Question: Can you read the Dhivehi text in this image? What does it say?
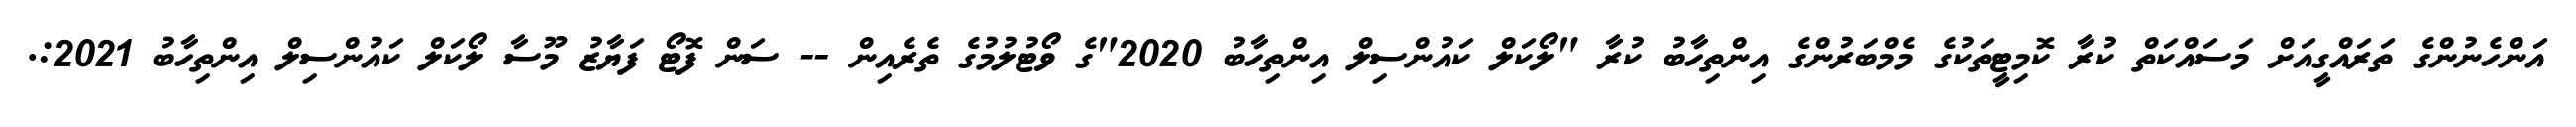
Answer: އަންހެނުންގެ ތަރައްގީއަށް މަސައްކަތް ކުރާ ކޮމިޓީތަކުގެ މެމްބަރުންގެ އިންތިހާބު ކުރާ "ލޯކަލް ކައުންސިލް އިންތިހާބު 2020"ގެ ވޯޓުލުމުގެ ތެރެއިން -- ސަން ފޮޓޯ ފަޔާޒު މޫސާ ލޯކަލް ކައުންސިލް އިންތިހާބު 2021:.